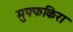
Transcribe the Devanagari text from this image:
मुफ्फकिरा